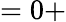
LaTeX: =0+